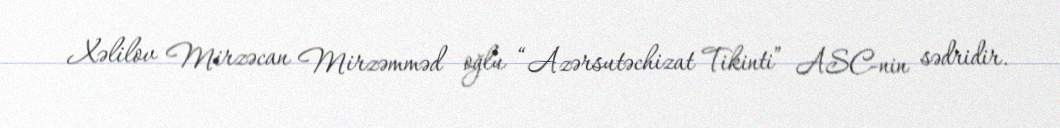
Xəlilov Mirzəcan Mirzəmməd oğlu “Azərsutəchizat Tikinti” ASC-nin sədridir.